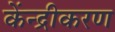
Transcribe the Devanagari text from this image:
केंन्द्रीकरण